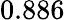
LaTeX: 0.886